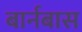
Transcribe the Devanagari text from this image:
बार्नबास